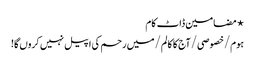
⋆ مضامین ڈاٹ کام
ہوم/خصوصی/آج کا کالم/میں رحم کی اپیل نہیں کروں گا!